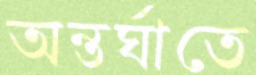
অন্তর্ঘাতে